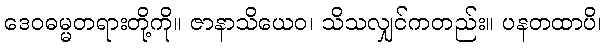
ဒေဝဓမ္မတရားတို့ကို။ ဇာနာသိယေဝ၊ သိသလျှင်ကတည်း။ ပနတထာပိ၊